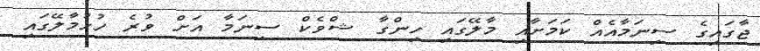
ޖާގައިިގެ ސިނަމާއެއް ކަމަށާއި މާލޭގައި ހިންގާ ޝްވެކް ސިނަމާ އަށް ވުރެ ހުޅުމާލޭގައި